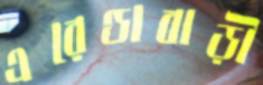
এরেণ্ডাবাড়ী